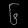
Digit: ၆